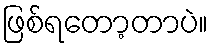
ဖြစ်ရတော့တာပဲ။